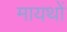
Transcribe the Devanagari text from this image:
मायथों